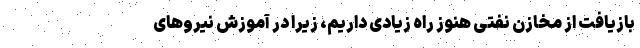
بازیافت از مخازن نفتی هنوز راه زیادی داریم، زیرا در آموزش نیروهای